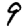
Digit: 9